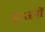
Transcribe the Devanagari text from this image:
इन्जनों